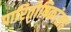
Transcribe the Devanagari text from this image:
पारितोषिकांसह